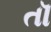
તૉ